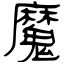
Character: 魔